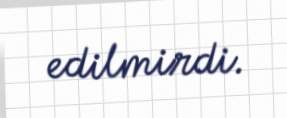
edilmirdi.